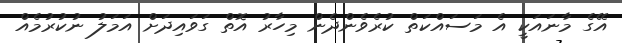
އޭގެ މާނައަކީ އެ މަސައްކަތް ކުރެވެންދެން މިހާރު އޮތް ގަވައިދަށް އަމަލު ނުކުރުމެއް